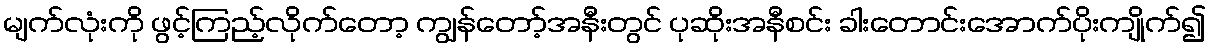
မျက်လုံးကို ဖွင့်ကြည့်လိုက်တော့ ကျွန်တော့်အနီးတွင် ပုဆိုးအနီစင်း ခါးတောင်းအောက်ပိုးကျိုက်၍